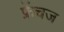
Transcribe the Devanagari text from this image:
फ्रेंचज